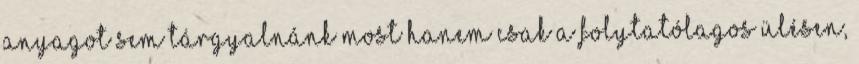
anyagot sem tárgyalnánk most hanem csak a folytatólagos ülésen,